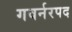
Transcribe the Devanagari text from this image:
गवर्नरपद